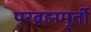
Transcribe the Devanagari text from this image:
परब्रह्ममूर्ती